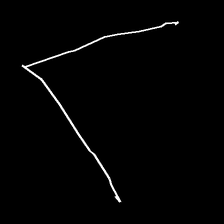
Glyph: region